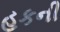
હકની